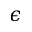
\epsilon